Sketch of the medical history of the native army of Bombay, for the year
Year: 1872
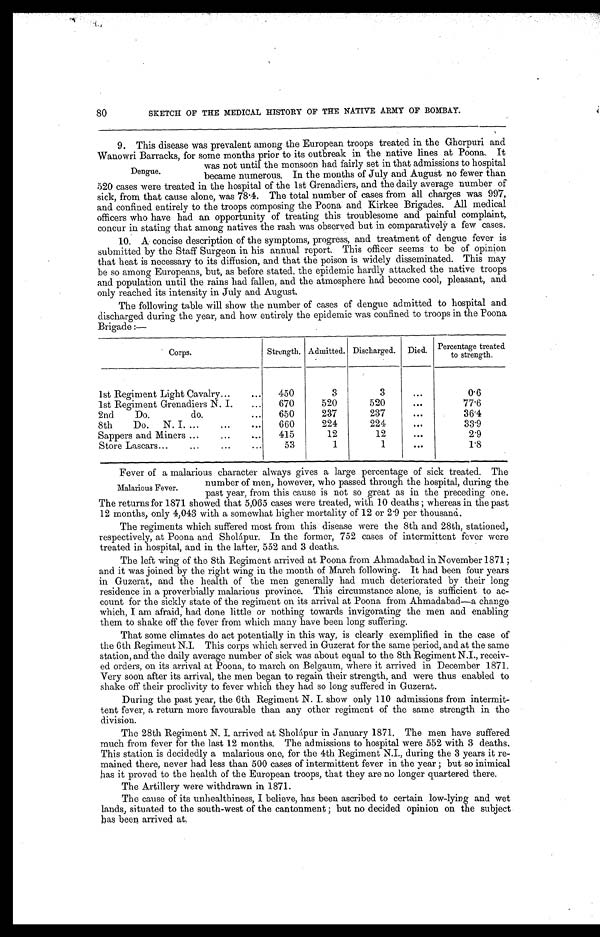
SKETCH OF THE MEDICAL HISTORY OF THE NATIVE ARMY OF BOMBAY.
9. This disease was prevalent among the European troops treated in the Ghorpuri and
Wanowri Barracks, for some months prior to its outbreak in the native lines at Poona. It
was not until the monsoon had fairly set in that admissions to hospital
became numerous. In the months of July and August no fewer than
520 cases were treated in the hospital of the 1st Grenadiers, and the daily average number of
sick, from that cause alone, was 78.4. The total number of cases from all charges was 997,
and confined entirely to the troops composing the Poona and Kirkee Brigades. All medical
officers who have had an opportunity of treating this troublesome and painful complaint,
concur in stating that among natives the rash was observed but in comparatively a few cases.
10. A concise description of the symptoms, progress, and treatment of dengue fever is
submitted by the Staff Surgeon in his annual report. This officer seems to be of opinion
that heat is necessary to its diffusion, and that the poison is widely disseminated. This may
be so among Europeans, but, as before stated, the epidemic hardly attacked the native troops
and population until the rains had fallen, and the atmosphere had become cool, pleasant, and
only reached its intensity in July and August.
The following table will show the number of cases of dengue admitted to hospital and
discharged during the year, and how entirely the epidemic was confined to troops in the Poona
Brigade:—
Corps.
Strength. Admitted. Discharged. Died. Percentage treated
to strength.
1st Regiment Light Cavalry . . .
450
3
3
. . .
0.6
1st Regiment Grenadiers N. I. . . .
670
520
520
. . .
77.6
2nd Do.
do. . . .
650
237
237
. . .
36.4
8th Do. N. I. . . .
660
224
224
. . .
33.9
Sappers and Miners . . .
415
12
12
. . .
2.9
Store Lascars . . .
53
1
1
. . .
1.8
Fever of a malarious character always gives a large percentage of sick treated. The
number of men, however, who passed through the hospital, during the
past year, from this cause is not so great as in the preceding one.
The returns for 1871 showed that 5,065 cases were treated, with 10 deaths; whereas in the past
12 months, only 4,043 with a somewhat higher mortality of 12 or 2.9 per thousand.
The regiments which suffered most from this disease were the 8th and 28th, stationed,
respectively, at Poona and Sholápur. In the former, 752 cases of intermittent fever were
treated in hospital, and in the latter, 552 and 3 deaths.
The left wing of the 8th Regiment arrived at Poona from Ahmadabad in November 1871;
and it was joined by the right wing in the month of March following. It had been four years
in Guzerat, and the health of the men generally had much deteriorated by their long
residence in a proverbially malarious province. This circumstance alone, is sufficient to ac
- c o u n t f o r t h e s i c k l y s t a t e o f t h e r e g i m e n t o n i t s a r r i v a l a t P o o n a f r o m A h m a d a b a d — a c h a n g e
which, I am afraid, had done little or nothing towards invigorating the men and enabling
them to shake off the fever from which many have been long suffering.
That some climates do act potentially in this way, is clearly exemplified in the case of
the 6th Regiment N.I. This corps which served in Guzerat for the same period, and at the same
station, and the daily average number of sick was about equal to the 8th Regiment N.I., receiv
- e d o r d e r s , o n i t s a r r i v a l a t P o o n a , t o m a r c h o n B e l g a u m , w h e r e i t a r r i v e d i n D e c e m b e r 1 8 7 1 .
Very soon after its arrival, the men began to regain their strength, and were thus enabled to
shake off their proclivity to fever which they had so long suffered in Guzerat.
During the past year, the 6th Regiment N. I. show only 110 admissions from intermit
- t e n t f e v e r , a r e t u r n m o r e f a v o u r a b l e t h a n a n y o t h e r r e g i m e n t o f t h e s a m e s t r e n g t h i n t h e
division.
The 28th Regiment N. I. arrived at Sholápur in January 1871. The men have suffered
much from fever for the last 12 months. The admissions to hospital were 552 with 3 deaths.
This station is decidedly a malarious one, for the 4th Regiment N.I., during the 3 years it re
- m a i n e d t h e r e , n e v e r h a d l e s s t h a n 5 0 0 c a s e s o f i n t e r m i t t e n t f e v e r i n t h e y e a r ; b u t s o i n i m i c a l
has it proved to the health of the European troops, that they are no longer quartered there.
The Artillery were withdrawn in 1871.
The cause of its unhealthiness, I believe, has been ascribed to certain low-lying and wet
lands, situated to the south-west of the cantonment; but no decided opinion on the subject
has been arrived at.
80
Dengue.
Malarious Fever.